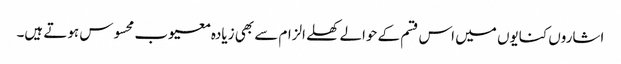
اشاروں کنایوں میں اس قسم کے حوالے کھلے الزام سے بھی زیادہ معیوب محسوس ہوتے ہیں۔